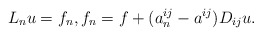
\begin{align*}L_n u=f_n,f_n=f+(a^{ij}_n-a^{ij})D_{ij}u.\end{align*}